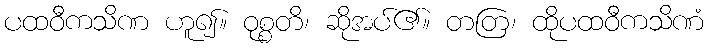
ပထဝီကသိဏ ဟူ၍။ ဝုစ္စတိ၊ ဆိုအပ်၏။ တတြ၊ ထိုပထဝီကသိဏံ